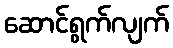
ဆောင်ရွက်လျက်